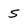
Character: S